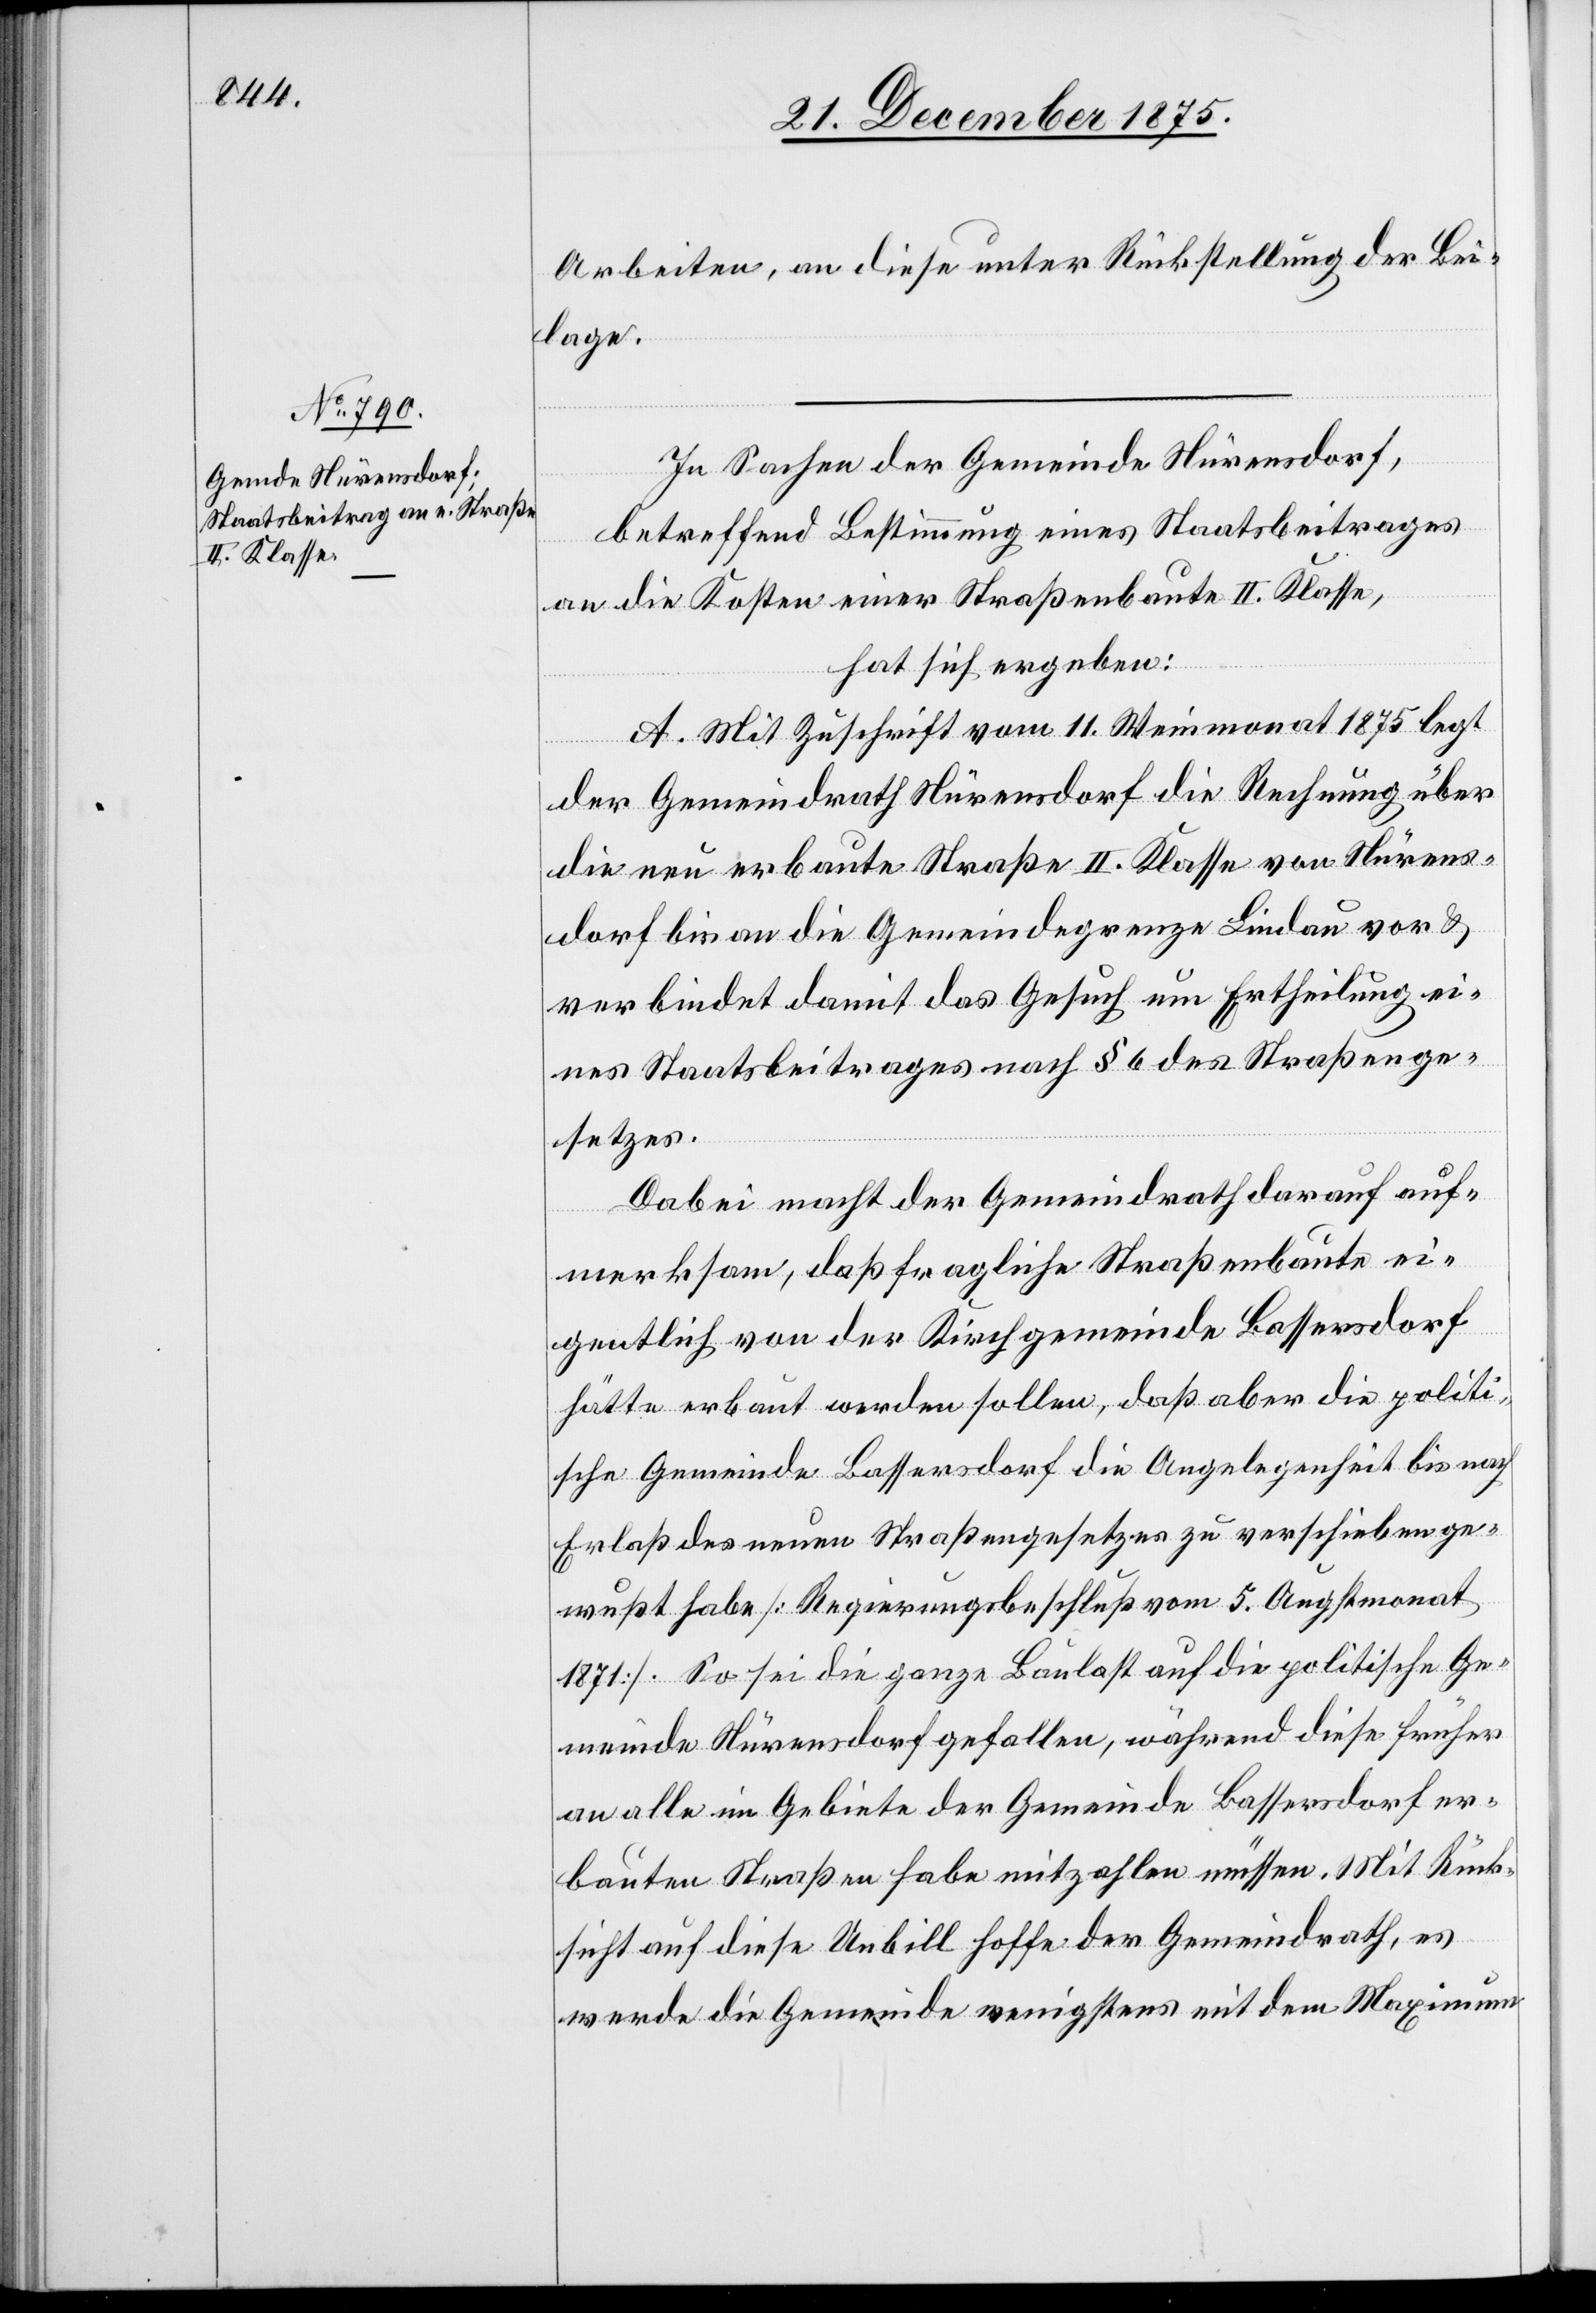
Arbeiten, an diese unter Rückstellung der Bei¬
lage.